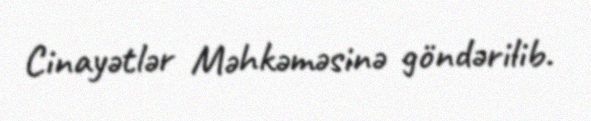
Cinayətlər Məhkəməsinə göndərilib.